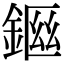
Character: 𨨙